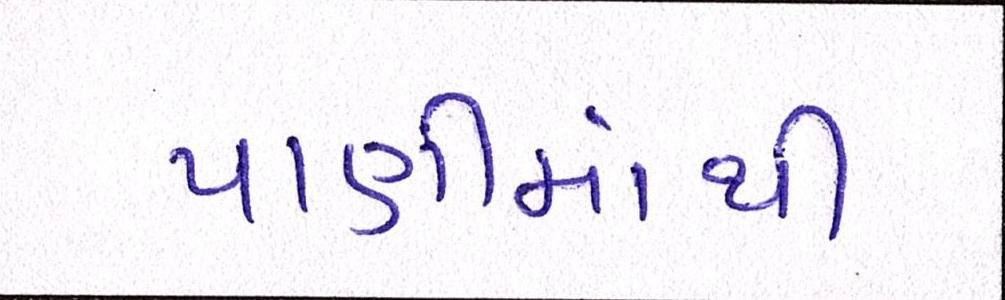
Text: પાણીમાંથી